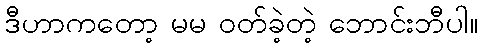
ဒီဟာကတော့ မမ ဝတ်ခဲ့တဲ့ ဘောင်းဘီပါ။